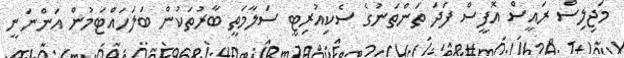
މަޖިލިސް ރައީސް އޮފީސް ފަދަ ތަންތަނުގެ ސެކިއުރިޓީ ސަލާމަތީ ބާރުތަކުން ބަލަހައްޓަމުން އަންނަނީ